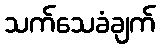
သက်သေခံချက်